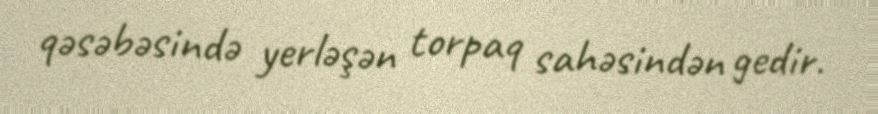
qəsəbəsində yerləşən torpaq sahəsindən gedir.